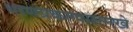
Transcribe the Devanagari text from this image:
धरणप्रकल्पासारखे